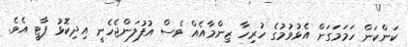
ކަންކަން ހަމަމަގަށް އެޅުވުމުގެ ހުރިހާ ޒިންމާއެއް ވެސް އުފުލަންޖެހެނީ އިދިކޮޅު ޕާޓީ އެވެ.